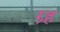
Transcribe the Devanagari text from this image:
ग्र्ह